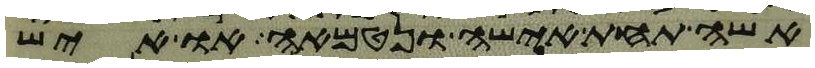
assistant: אשה תחת אישה ונטמאה או איש